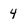
Character: 4